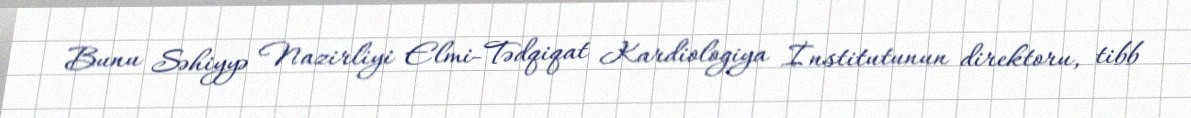
Bunu Səhiyyə Nazirliyi Elmi-Tədqiqat Kardiologiya İnstitutunun direktoru, tibb